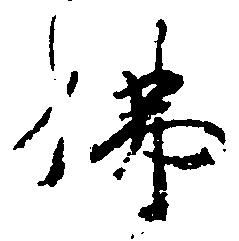
仏